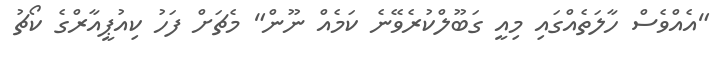
"އެއްވެސް ހާލަތެއްގައި މިއީ ގަބޫލްކުރެވޭނެ ކަމެއް ނޫން" މެޗަށް ފަހު ކިއުޕީއާރްގެ ކޯޗު